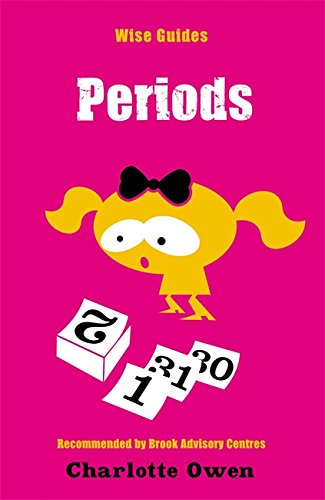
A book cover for Wise Guides: Periods; Charlotte Owen; Teen & Young Adult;